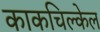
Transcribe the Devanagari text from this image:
काकचिल्केल